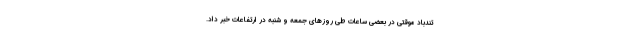
تندباد موقتی در بعضی ساعات طی روزهای جمعه و شنبه در ارتفاعات خبر داد.